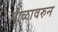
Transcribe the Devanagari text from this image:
माळावरुन